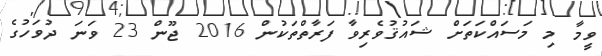
ވީމާ މި މަސައްކަތަށް ޝައުޤުވެރިވާ ފަރާތްތަކުން 2016 ޖޫން 23 ވަނަ ދުވަހުގެ